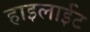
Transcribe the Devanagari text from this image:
हाइलाईट